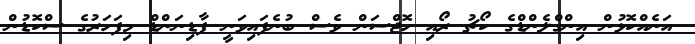
އަނެއްކޮޅުން އިންގްލެންޑްގެ ކޯޗު ރޯއި ހޮޖްސަން ވެސް ބުނެފައިވަނީ ފާޑިނަންޑް މިފަހަރުގެ ސްކޮޑުން